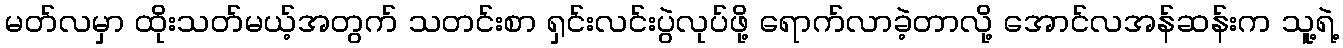
မတ်လမှာ ထိုးသတ်မယ့်အတွက် သတင်းစာ ရှင်းလင်းပွဲလုပ်ဖို့ ရောက်လာခဲ့တာလို့ အောင်လအန်ဆန်းက သူ့ရဲ့